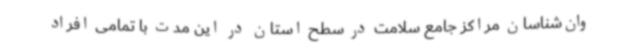
وان‌شناسان مراکز جامع سلامت در سطح استان در این مدت با تمامی افراد